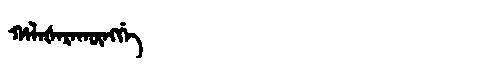
Manchu: ᡥᠠᠯᠠᡧᠠᡵᠠᡴᡡᠩᡤᡝ
Romanization: HALAŠARAKŪNGGE